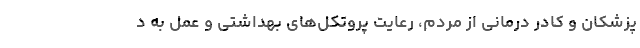
پزشکان و کادر درمانی از مردم، رعایت پروتکل‌های بهداشتی و عمل به د